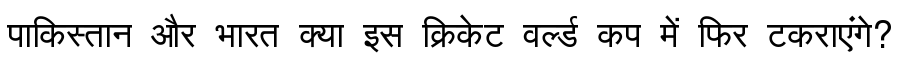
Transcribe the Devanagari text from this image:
पाकिस्तान और भारत क्या इस क्रिकेट वर्ल्ड कप में फिर टकराएंगे?